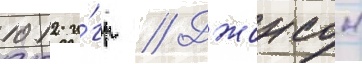
1012 и́гр // Джонсон